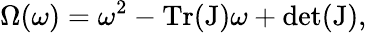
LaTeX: \Omega(\omega)=\omega^{2}-\mathrm{Tr(J)}\omega+\mathrm{det(J)},